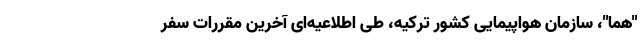
"هما"، سازمان هواپیمایی کشور ترکیه، طی اطلاعیه‌ای آخرین مقررات سفر